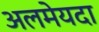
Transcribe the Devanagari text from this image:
अलमेयदा